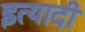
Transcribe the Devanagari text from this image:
इत्यादी